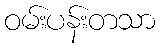
ဝမ်းပန်းတသာ